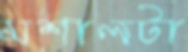
মশালটা